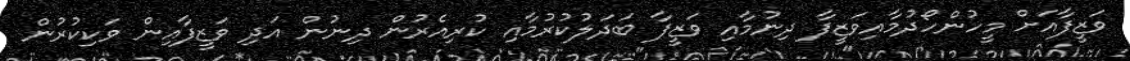
ވަޒީފާއަށް މީހުންހޯދުމާއިވަޒީފާ ދިނުމާއި ވަޒީފާ ބަދަލުކުރުމާއި ކުރިއެރުން ދިނުން އަދި ވަޒީފާއިން ވަކިކުރުން